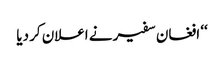
‘‘ افغان سفیر نے اعلان کر دیا